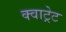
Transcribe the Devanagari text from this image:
क्वाट्रेट